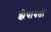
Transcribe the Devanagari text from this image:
झेपावतो